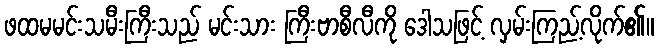
ဖထမမင်းသမီးကြီးသည် မင်းသား ကြီးဗာစီလီကို ဒေါသဖြင့် လှမ်းကြည့်လိုက်၏။